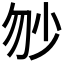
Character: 𡭥